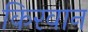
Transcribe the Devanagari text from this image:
किरवान